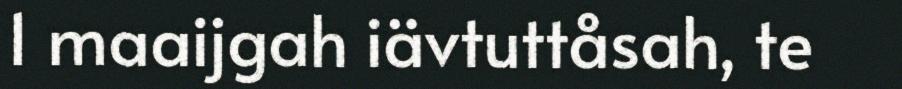
1 maaijgah iävtuttåsah, te